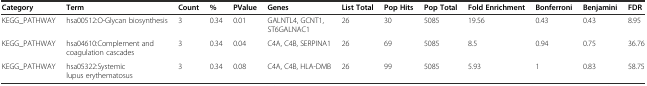
<table><thead><tr><td><b>Category</b></td><td><b>Term</b></td><td><b>Count</b></td><td><b>%</b></td><td><b>PValue</b></td><td><b>Genes</b></td><td><b>List Total</b></td><td><b>Pop Hits</b></td><td><b>Pop Total</b></td><td><b>Fold Enrichment</b></td><td><b>Bonferroni</b></td><td><b>Benjamini</b></td><td><b>FDR</b></td></tr></thead><tbody><tr><td>KEGG_PATHWAY</td><td>hsa00512:O-Glycan biosynthesis</td><td>3</td><td>0.34</td><td>0.01</td><td>GALNTL4, GCNT1, ST6GALNAC1</td><td>26</td><td>30</td><td>5085</td><td>19.56</td><td>0.43</td><td>0.43</td><td>8.95</td></tr><tr><td>KEGG_PATHWAY</td><td>hsa04610:Complement and coagulation cascades</td><td>3</td><td>0.34</td><td>0.04</td><td>C4A, C4B, SERPINA1</td><td>26</td><td>69</td><td>5085</td><td>8.5</td><td>0.94</td><td>0.75</td><td>36.76</td></tr><tr><td>KEGG_PATHWAY</td><td>hsa05322:Systemic lupus erythematosus</td><td>3</td><td>0.34</td><td>0.08</td><td>C4A, C4B, HLA-DMB</td><td>26</td><td>99</td><td>5085</td><td>5.93</td><td>1</td><td>0.83</td><td>58.75</td></tr></tbody></table>